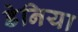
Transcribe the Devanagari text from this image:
डेनिया